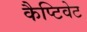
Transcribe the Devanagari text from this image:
कैप्टिवेट